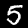
Digit: 5